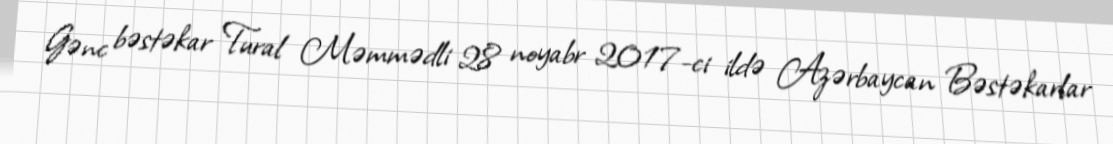
Gənc bəstəkar Tural Məmmədli 28 noyabr 2017-ci ildə Azərbaycan Bəstəkarlar